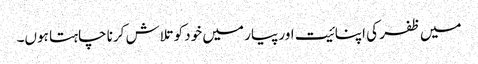
میں ظفر کی اپنائیت اور پیار میں خود کو تلاش کرنا چاہتا ہوں۔